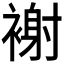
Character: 𧛼